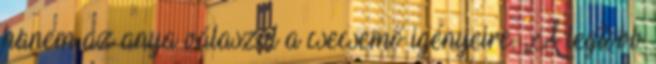
hanem az anya válaszol a csecsemő igényeire. „A legtöbb